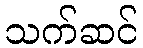
သက်ဆင်